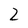
Character: 2